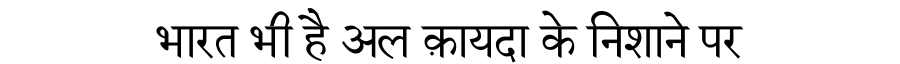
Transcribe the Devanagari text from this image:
भारत भी है अल क़ायदा के निशाने पर